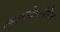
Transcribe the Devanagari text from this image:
त्याबरोबरीनेच